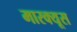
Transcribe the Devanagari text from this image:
मारक्यूस